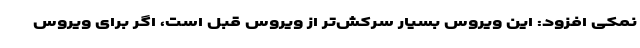
نمکی افزود: این ویروس بسیار سرکش‌تر از ویروس قبل است، اگر برای ویروس